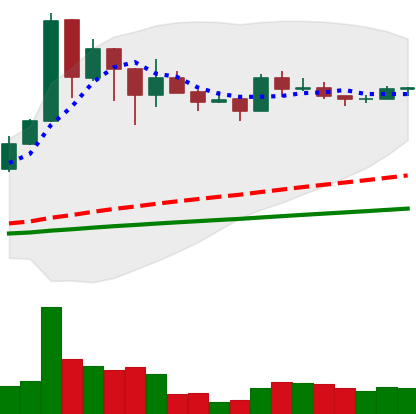
Ticker: BNB-USD
Chart end date: 2021-03-08
Forward return: 14.891%
Label: up_7plus